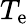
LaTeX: T_{\mathrm{e}}